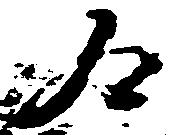
合